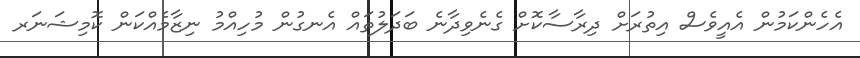
އެހެންކަމުން އެއީވެސް އިތުރަށް ދިރާސާކޮށް ގެނެވިދާނެ ބަދަލުތައް އެނގުން މުހިއްމު ނިޒާމެއްކަން ކޮމިޝަނަރ